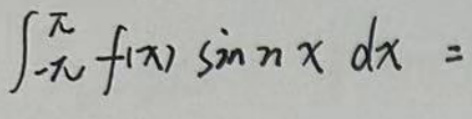
\[
\int_{-\pi}^{\pi} f(x) \sin nx \, dx =
\]